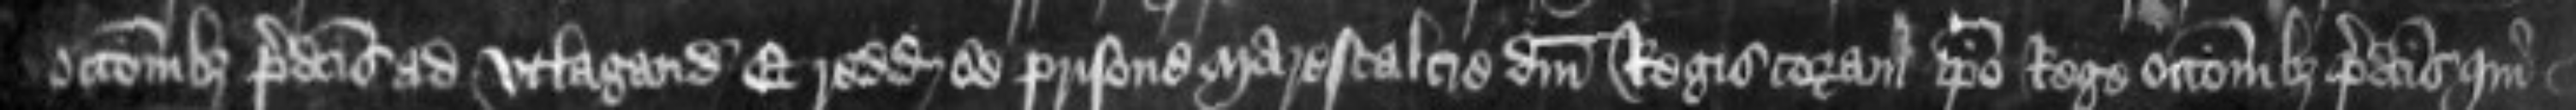
occasionibus predictis ad utlagandum Et reddunt se prisone Marescalcie domini Regis coram ipso Rege occasionibus predictis qui